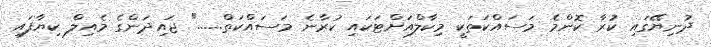
ދުނިޔޭގައި ކުރާ ކޮންމެ މަސައްކަތަކީ މިކާލްއަށްޓަކައި ކުރާނެ މަސައްކަތް......" ޖައިދަންގެ މެއިލް ކިޔާފައި